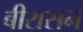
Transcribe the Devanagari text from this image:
बीरासन